Indian journal of veterinary science and animal husbandry - Volume 4,
Year: 1934
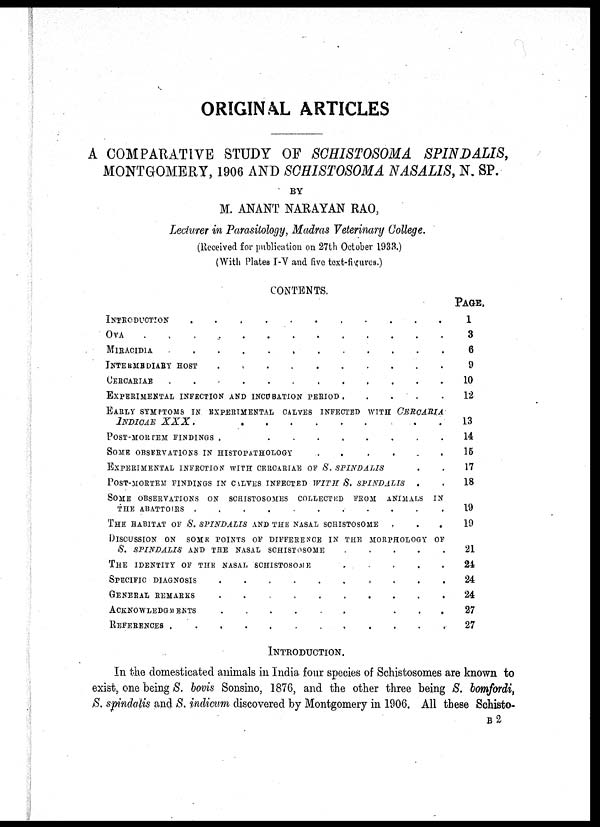
ORIGINAL ARTICLES
A COMPARATIVE STUDY OF SCHISTOSOMA
SPINDALIS,
MONTGOMERY, 1906 AND SCHISTOSOMA NASALIS, N. SP.
BY
M. ANANT NARAYAN RAO,
Lecturer in Parasitology, Madras Veterinary College.
(Received for publication on 27th October 1933.)
(With Plates I-V and five text-figures.)
CONTENTS.
INTRODUCTION . . . . . . . .
OVA . . . . . . . .
MIRACIDIA
.
.
.
.
.
.
.
.
INTERMEDIARY HOST . . . . . . . .
CERCARIAE . . . . . . . .
EXPERIMENTAL INFECTION AND INCUBATION PERIOD . . . . . . . .
EARLY SYMPTOMS IN EXPERIMENTAL CALVES INFECTED WITH CERCARIA
INDICAE XXX
.
.
.
.
.
.
.
.
POST-MORTEM FINDINGS . . . . . . . .
SOME OBSERVATIONS IN HISTOPATHOLOGY . . . . . . . .
EXPERIMENTAL INFECTION WITH CERCARIAE OF S. SPINDALIS . .
POST-MORTEM FINDINGS IN CALVES INFECTED WITH S. SPINDALIS . .
SOME OBSERVATIONS ON SCHISTOSOMES COLLECTED FROM ANIMALS IN
THE ABATTOIRS
.
.
.
.
.
.
.
.
THE HABITAT OF S. SPINDALIS AND THE NASAL SCHISTOSOME . . .
DISCUSSION ON SOME POINTS OF DIFFERENCE IN THE MORPHOLOGY OF
S. SPINDALIS
AND THE NASAL SCHISTOSOME
.
.
.
.
.
.
.
.
THE IDENTITY OF THE NASAL SCHISTOSOME . . . . . . . .
SPECIFIC DIAGNOSIS . . . . . . . .
GENERAL REMARKS . . . . . . . .
ACKNOWLEDGMENTS . . . . . . . .
REFERENCES . . . . . . . .
PAGE.
l
3
6
9
10
12
13
14
15
17
18
19
19
21
24
24
24
27
27
INTRODUCTION.
In the domesticated animals in India four species of Schistosomes are known to
exist, one being S. bovis Sonsino, 1876, and the other three being S. bomfordi,
S. spindalis and S. indicum discovered by Montgomery in 1906. All these Schisto-
B 2